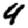
Digit: 4